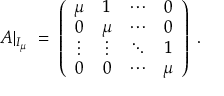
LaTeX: A | _ { I _ { \mu } } \; = \; \left( \begin{array} { c c c c } { { \mu } } & { { 1 } } & { { \cdots } } & { { 0 } } \\ { { 0 } } & { { \mu } } & { { \cdots } } & { { 0 } } \\ { { \vdots } } & { { \vdots } } & { { \ddots } } & { { 1 } } \\ { { 0 } } & { { 0 } } & { { \cdots } } & { { \mu } } \end{array} \right) \; .